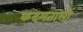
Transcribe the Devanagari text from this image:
कदमतालों